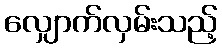
လျှောက်လှမ်းသည့်